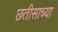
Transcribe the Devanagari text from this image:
छतीसाच्या